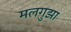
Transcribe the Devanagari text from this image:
मलगुझा